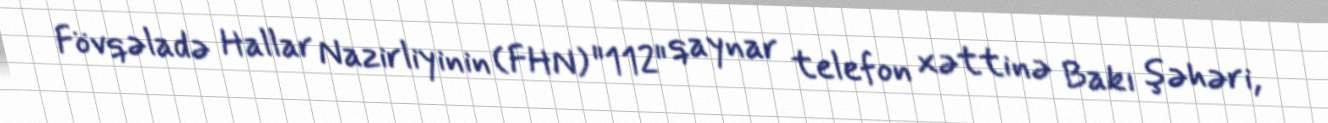
Fövqəladə Hallar Nazirliyinin (FHN) "112" qaynar telefon xəttinə Bakı şəhəri,